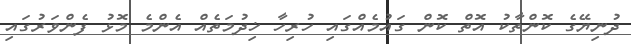
ދުނިޔޭގެ ކޮންތާކު އޮތް ކޮން ގައުމެއްގައި ހުރިހާ ޚިދުމަތެއް އެންމެ މޮޅު ފެންވަރުގައި